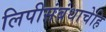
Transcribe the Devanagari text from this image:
लिपीसंबंधाचेहि